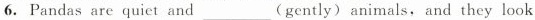
6. Pandas are quict and___(gently)animals, and they look